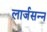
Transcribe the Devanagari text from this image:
लार्जसन्न